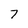
Character: 7